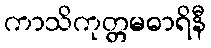
ကာသိကုတ္တမဓာရိနီ